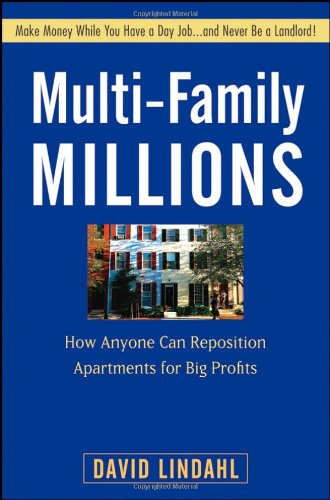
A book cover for Multi-Family Millions: How Anyone Can Reposition Apartments for Big Profits; David Lindahl; Business & Money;